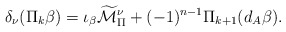
\begin{align*} \delta_\nu(\Pi_k \beta)= \iota_\beta\widetilde{\mathcal{M}}_\Pi^\nu+ (-1)^{n-1}\Pi_{k+1}(d_A\beta).\end{align*}